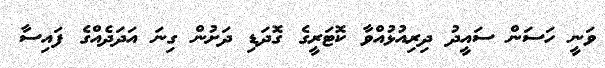
ވަނީ ހަސަން ސައީދު ދިރިއުޅުއްވާ ކޮޓަރީގެ ގޮދަޑި ދަށުން ގިނަ އަދަދެއްގެ ފައިސާ